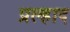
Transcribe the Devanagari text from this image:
प्रल्‍हाद